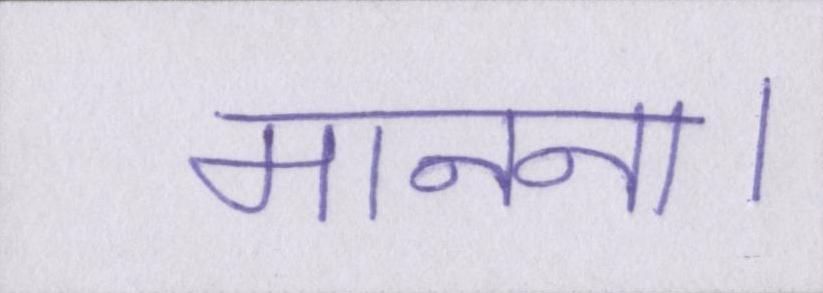
मानना।